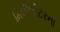
મિલીલીટરના